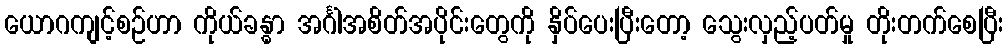
ယောဂကျင့်စဉ်ဟာ ကိုယ်ခန္ဓာ အင်္ဂါအစိတ်အပိုင်းတွေကို နှိပ်ပေးပြီးတော့ သွေးလှည့်ပတ်မှု တိုးတက်စေပြီး